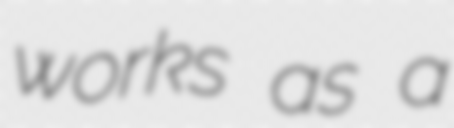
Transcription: works as a